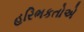
હરિભકતોએ